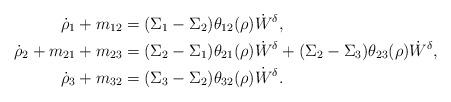
LaTeX: \begin{align*}\dot \rho_1+m_{12}&=(\Sigma_1-\Sigma_2)\theta_{12}(\rho)\dot W^{\delta},\\\dot \rho_2+m_{21}+m_{23}&=(\Sigma_2-\Sigma_1)\theta_{21}(\rho)\dot W^{\delta}+(\Sigma_2-\Sigma_3)\theta_{23}(\rho)\dot W^{\delta},\\\dot \rho_3+m_{32}&=(\Sigma_3-\Sigma_2)\theta_{32}(\rho)\dot W^{\delta}.\end{align*}